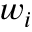
w _ { i }